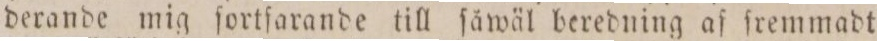
derande mig ſortſarande till ſåwäl beredning af fremmadt